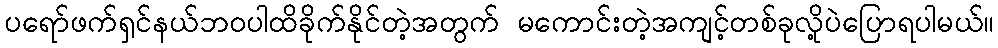
ပရော်ဖက်ရှင်နယ်ဘဝပါထိခိုက်နိုင်တဲ့အတွက် မကောင်းတဲ့အကျင့်တစ်ခုလို့ပဲပြောရပါမယ်။